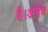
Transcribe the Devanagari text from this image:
है।अनैध